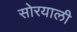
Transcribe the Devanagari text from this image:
सोरयाली